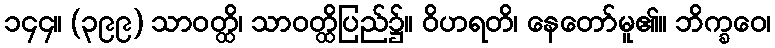
၁၄၄။ (၃၉၉) သာဝတ္ထိ၊ သာဝတ္ထိပြည်၌။ ဝိဟရတိ၊ နေတော်မူ၏။ ဘိက္ခဝေ၊